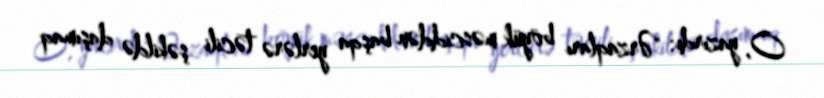
O, yazırdı: "Ərzaqları böyük məsciddən başqa yerlərə təcili şəkildə daşımaq